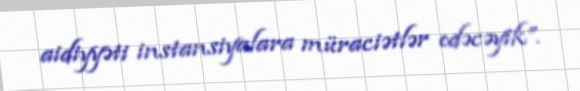
aidiyyəti instansiyalara müraciətlər edəcəyik”.